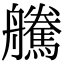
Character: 𦫀